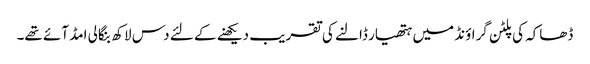
ڈھاکہ کی پلٹن گراؤنڈ میں ہتھیار ڈالنے کی تقریب دیکھنے کے لئے دس لاکھ بنگالی امڈ آئے تھے۔